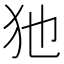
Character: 𤜣